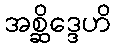
အစ္ဆိဒ္ဒေဟိ